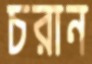
চরান